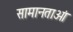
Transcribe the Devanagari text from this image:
सामानताओं